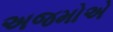
અજમોએ